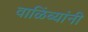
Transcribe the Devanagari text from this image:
वाळिंब्यांनी